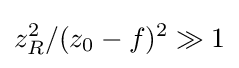
z_{R}^{2}/(z_{0}-f)^{2}\gg 1